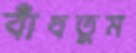
বাঁধতুম